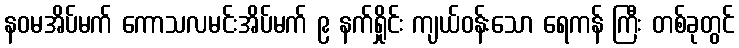
နဝမအိပ်မက် ကောသလမင်းအိပ်မက် ၉ နက်ရှိုင်း ကျယ်ဝန်းသော ရေကန် ကြီး တစ်ခုတွင်